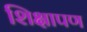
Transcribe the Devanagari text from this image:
शिक्षापण